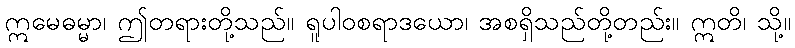
ဣမေဓမ္မာ၊ ဤတရားတို့သည်။ ရူပါဝစရာဒယော၊ အစရှိသည်တို့တည်း။ ဣတိ၊ သို့။